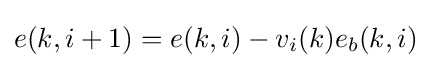
e(k,i+1)=e(k,i)-v_{i}(k)e_{b}(k,i)\,\!